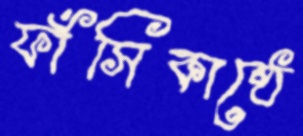
ফাঁসিকাষ্ঠে